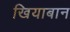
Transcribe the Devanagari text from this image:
खियाबान